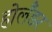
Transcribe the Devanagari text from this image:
होलँडर